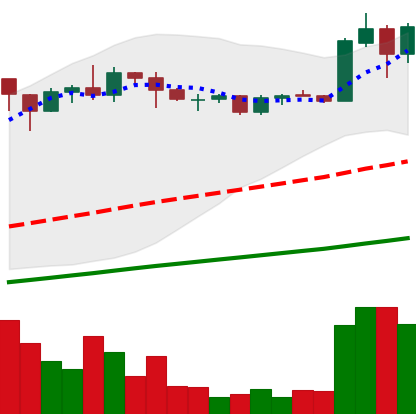
Ticker: ADA-USD
Chart end date: 2020-07-28
Forward return: -10.157%
Label: down_7plus